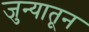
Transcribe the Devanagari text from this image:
जुन्यातून